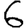
Digit: 6